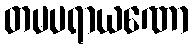
တမပရာယဏော